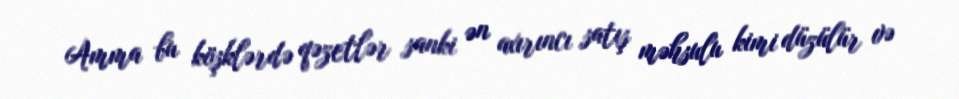
Amma bu köşklərdə qəzetlər sanki ən axırıncı satış məhsulu kimi düzülür və